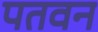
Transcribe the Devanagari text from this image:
पतवन